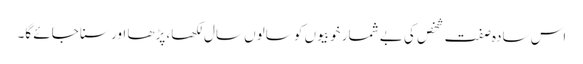
اس سادہ صفت شخص کی بے شمار خوبیوں کو سالوں سال لکھا، پڑھا اور سنا جائے گا۔